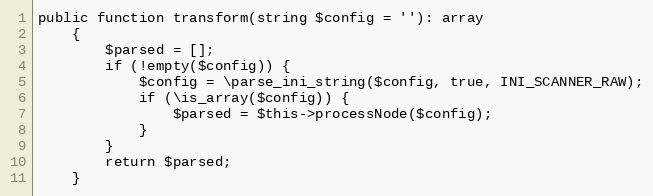
Language: PHP
public function transform(string $config = ''): array
    {
        $parsed = [];
        if (!empty($config)) {
            $config = \parse_ini_string($config, true, INI_SCANNER_RAW);
            if (\is_array($config)) {
                $parsed = $this->processNode($config);
            }
        }
        return $parsed;
    }